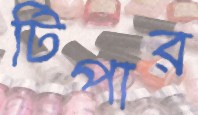
টিপার